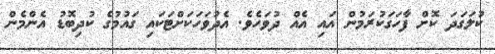
ކުލަގަދަ ކޮށް ފާހަގަކުރަމުން އައި އެއް ދުވަހެވެ. އެދުވަހަކަށްޓަކައި ގައުމުގެ ކުދިބޮޑު އެންމެން